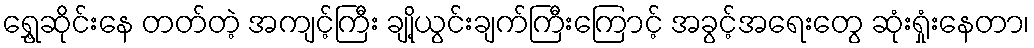
ရွှေ့ဆိုင်းနေ တတ်တဲ့ အကျင့်ကြီး ချို့ယွင်းချက်ကြီးကြောင့် အခွင့်အရေးတွေ ဆုံးရှုံးနေတာ၊